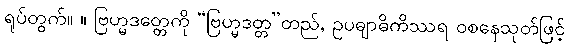
ရုပ်တွက်။ ။ ဗြဟ္မဒတ္တေကို “ဗြဟ္မဒတ္တ”တည်, ဥပဓျာဓိကိဿရ ဝစနေသုတ်ဖြင့်